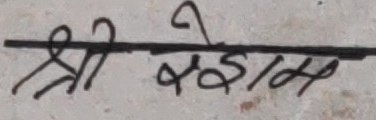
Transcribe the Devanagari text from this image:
श्री साहेव